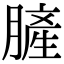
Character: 䐮